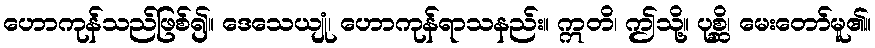
ဟောကုန်သည်ဖြစ်၍။ ဒေသေယျုံ၊ ဟောကုန်ရာသနည်း။ ဣတိ၊ ဤသို့။ ပုစ္ဆိ၊ မေးတော်မူ၏။